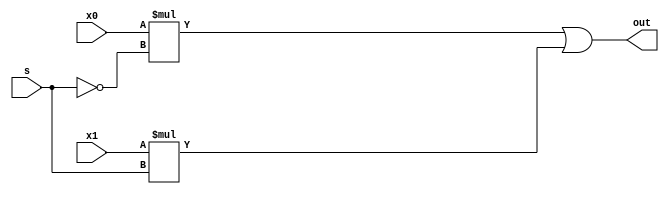
module mux__21(
    input x0,
    input x1,
    input s,
    output out
    );
    
    assign out = x0*~s | x1*s;
    
endmodule